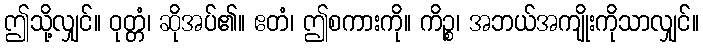
ဤသို့လျှင်။ ဝုတ္တံ၊ ဆိုအပ်၏။ ဧတံ၊ ဤစကားကို။ ကိဉ္စ၊ အဘယ်အကျိုးကိုသာလျှင်။